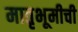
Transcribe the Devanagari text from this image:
मातृभूमीची